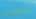
أعذريني